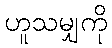
ဟူသမျှကို